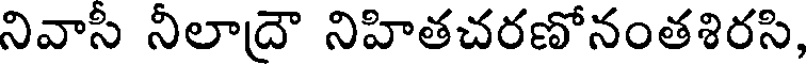
నివాసీ నీలాదౌ నిహితచరణోనంతశిరసి,